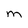
Character: M